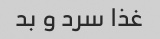
غذا سرد و بد